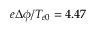
e \Delta \phi / T _ { e 0 } = 4 . 4 7